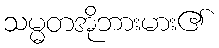
သမ္မတအိုဘားမား၏